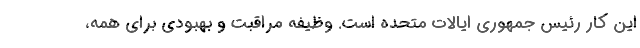
این کار رئیس جمهوری ایالات متحده است. وظیفه مراقبت و بهبودی برای همه،